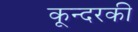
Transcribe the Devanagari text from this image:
कून्दरकी